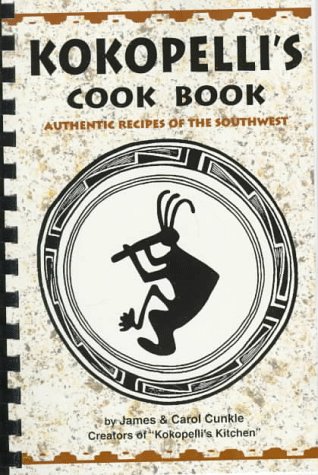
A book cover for Kokopelli's Cook Book; Carol Cunkle; Cookbooks, Food & Wine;